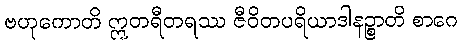
ဗဟုကောတိ ဣတရီတရဿ ဇီဝိတပရိယာဒါနဉ္စာတိ စာဂေ